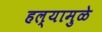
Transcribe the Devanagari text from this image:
हल्यामुळे